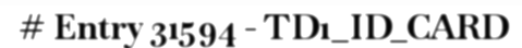
# Entry 31594 - TD1_ID_CARD